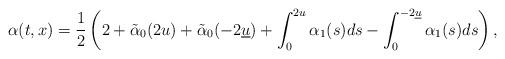
LaTeX: \begin{align*}\alpha(t,x)= \frac{1}{2}\left(2+\tilde \alpha_0 (2u)+\tilde \alpha_0(-2\underline{u})+\int_0^{2u} \alpha_1(s)ds-\int_{0}^{-2\underline{u}} \alpha_1(s)ds\right),\end{align*}